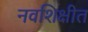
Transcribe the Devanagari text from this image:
नवशिक्षीत